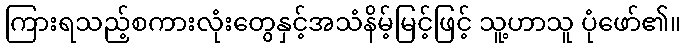
ကြားရသည့်စကားလုံးတွေနှင့်အသံနိမ့်မြင့်ဖြင့် သူ့ဟာသူ ပုံဖော်၏။